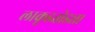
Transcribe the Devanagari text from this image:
लाकूडतोड्या